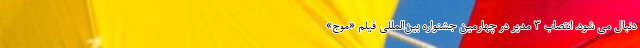
دنبال می شود. انتصاب ۳ مدیر در چهارمین جشنواره بین‌المللی فیلم «موج»